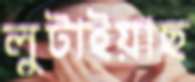
লুটাইয়াছ